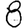
Digit: 8